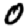
Digit: 0